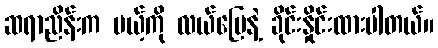
ဆရာညိန်းက မယ့်ကို လယ်မြေနဲ့ ခိုင်းနှိုင်းထားပါတယ်။